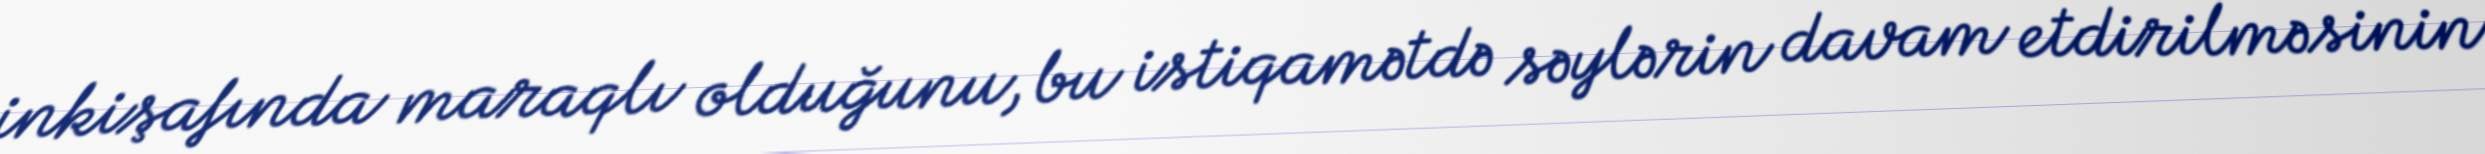
inkişafında maraqlı olduğunu, bu istiqamətdə səylərin davam etdirilməsinin